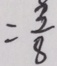
= \frac { 3 } { 8 }